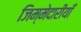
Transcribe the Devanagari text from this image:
जिम्मेदारीयाँ